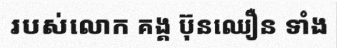
របស់លោក គង្គ ប៊ុនឈឿន ទាំង